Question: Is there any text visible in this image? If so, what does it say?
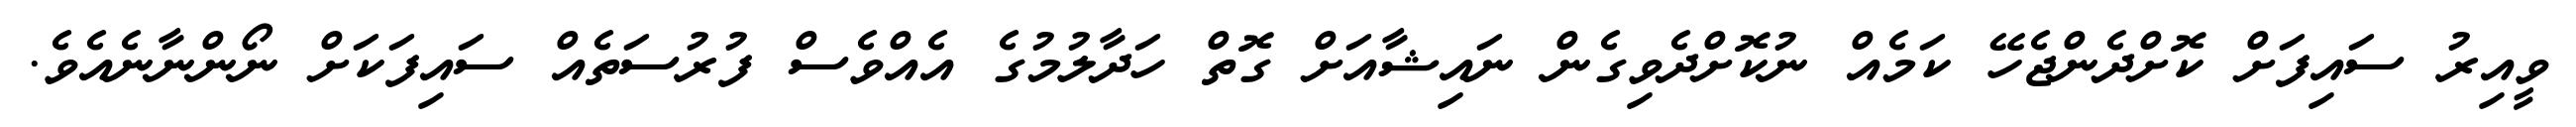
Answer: ވީއިރު ސައިފަށް ކޮށްދެންޖެހޭ ކަމެއް ނުކޮށްދެވިގެން ނައިޝާއަށް ގޮތް ހަދާލުމުގެ އެއްވެސް ފުރުސަތެއް ސައިފަކަށް ނޯންނާނެއެވެ.